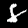
Digit: 8